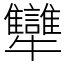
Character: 犫